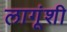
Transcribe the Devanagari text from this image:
लागूंशी